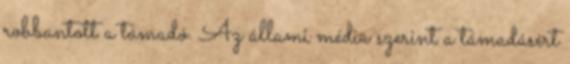
robbantott a támadó. Az állami média szerint a támadásért